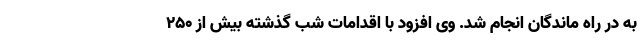
به در راه ماندگان انجام شد. وی افزود با اقدامات شب گذشته بیش از ۲۵۰